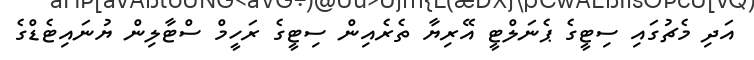
އަދި މެޗުގައި ސިޓީގެ ޕެނަލްޓީ އޭރިޔާ ތެރެއިން ސިޓީގެ ރަހީމް ސްޓާލިން ޔުނައިޓެޑްގެ